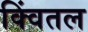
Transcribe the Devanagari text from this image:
क्विंतल